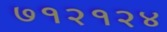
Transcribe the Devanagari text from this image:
७१२१२४